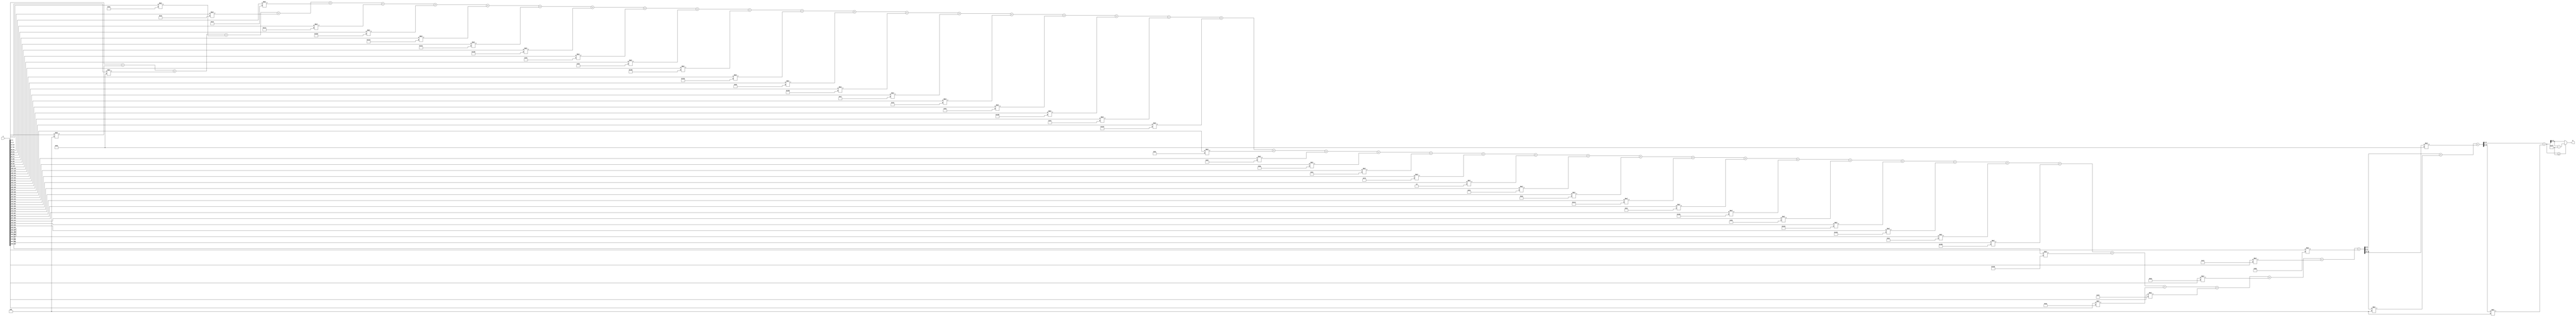
module x_400_mod_503(
    input [400:1] X,
    output [9:1] R
    );

wire [23:1] R_temp_1;
wire [13:1] R_temp_2;
wire [10:1] R_temp_3;
reg [9:1]  R_temp;

assign R_temp_1 = X [ 9 : 1 ]  + X [ 18 : 10 ] * 4'b1001 + X [ 27 : 19 ] * 7'b1010001 + 
X [ 36 : 28 ] * 8'b11100010 + X [ 45 : 37 ] * 5'b10110 + X [ 54 : 46 ] * 8'b11000110 + 
X [ 63 : 55 ] * 9'b100010001 + X [ 72 : 64 ] * 9'b110111101 + X [ 81 : 73 ] * 9'b111100100 + 
X [ 90 : 82 ] * 9'b101001100 + X [ 99 : 91 ] * 9'b111011001 + X [ 108 : 100 ] * 8'b11101001 + 
X [ 117 : 109 ] * 7'b1010101 + X [ 126 : 118 ] * 9'b100000110 + X [ 135 : 127 ] * 9'b101011010 + 
X [ 144 : 136 ] * 7'b1100000 + X [ 153 : 145 ] * 9'b101101001 + X [ 162 : 154 ] * 8'b11100111 + 
X [ 171 : 163 ] * 7'b1000011 + X [ 180 : 172 ] * 7'b1100100 + X [ 189 : 181 ] * 9'b110001101 + 
X [ 198 : 190 ] * 6'b110100 + X [ 207 : 199 ] * 9'b111010100 + X [ 216 : 208 ] * 8'b10111100 + 
X [ 225 : 217 ] * 8'b10110111 + X [ 234 : 226 ] * 8'b10001010 + X [ 243 : 235 ] * 8'b11101100 + 
X [ 252 : 244 ] * 7'b1110000 + X [ 261 : 253 ] * 2'b10 + X [ 270 : 262 ] * 5'b10010 + 
X [ 279 : 271 ] * 8'b10100010 + X [ 288 : 280 ] * 9'b111000100 + X [ 297 : 289 ] * 6'b101100 + 
X [ 306 : 298 ] * 9'b110001100 + X [ 315 : 307 ] * 6'b101011 + X [ 324 : 316 ] * 9'b110000011 + 
X [ 333 : 325 ] * 9'b111010001 + X [ 342 : 334 ] * 8'b10100001 + X [ 351 : 343 ] * 9'b110111011 + 
X [ 360 : 352 ] * 9'b111010010 + X [ 369 : 361 ] * 8'b10101010 + X [ 378 : 370 ] * 5'b10101 + 
X [ 387 : 379 ] * 8'b10111101 + X [ 396 : 388 ] * 8'b11000000 + X [ 400 : 397 ] * 8'b11011011 ;

assign R_temp_2 = R_temp_1 [ 9 : 1 ]  + R_temp_1 [ 18 : 10 ] * 4'b1001 + R_temp_1 [ 23 : 19 ] * 7'b1010001 ;

assign R_temp_3 = R_temp_2 [ 9 : 1 ]  + R_temp_2 [ 13 : 10 ] * 4'b1001 ;

always @(R_temp_3)
begin
  if (R_temp_3 >= 9'b111110111)
    R_temp <= R_temp_3 - 9'b111110111;
  else
    R_temp <= R_temp_3;
end

assign R = R_temp;

endmodule